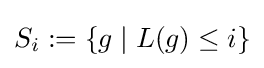
S_{i}:=\{g\mid L(g)\leq i\}